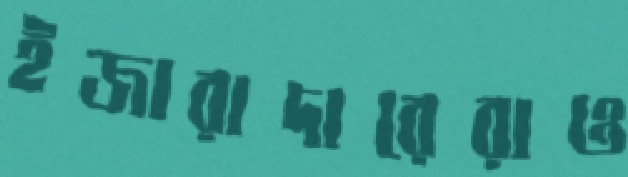
ইজারাদারেরাও